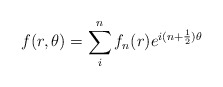
\begin{align*}\displaystyle f(r,\theta)= \sum_{i}^{n}{f_{n}(r) e^{i(n+\frac{1}{2})\theta }}\end{align*}